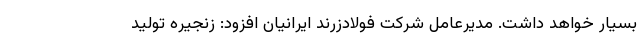
بسیار خواهد داشت. مدیرعامل شرکت فولادزرند ایرانیان افزود: زنجیره تولید